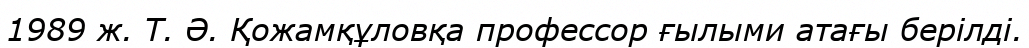
1989 ж. Т. Ә. Қожамқұловқа профессор ғылыми атағы берілді.